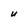
Character: U